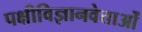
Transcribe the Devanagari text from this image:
पक्षीविज्ञानवेत्ताओं